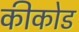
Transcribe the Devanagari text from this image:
कीकोड